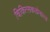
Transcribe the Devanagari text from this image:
चिकित्सकडोनाल्ड